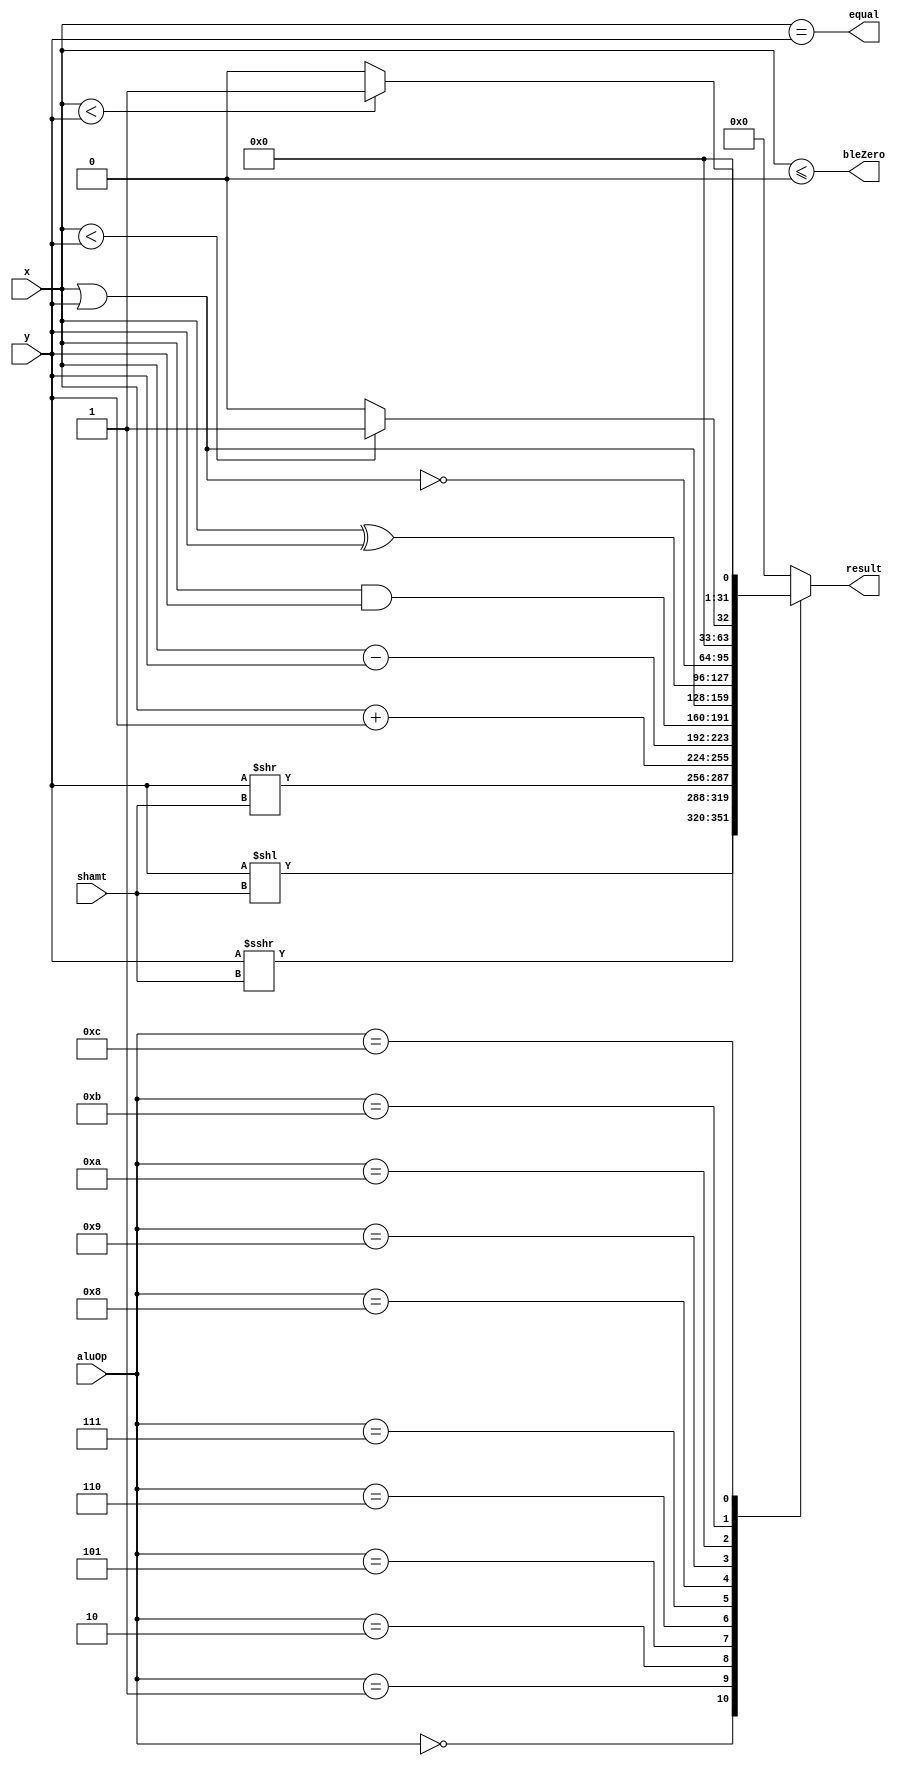
module alu(
    input [31:0] x,
    input [31:0] y,
    input [3:0] aluOp,
	input [4:0] shamt,
    output reg [31:0] result,
    output equal,
	output bleZero
    );
	always @(x or y or aluOp or shamt) begin
		case (aluOp)
			4'b0000:
				result <= y << shamt;
			4'b0001:
				// result = ( { {31{y[31]}}, 1'b0 } << (~shamt) ) | ( y >> shamt );
				result <= $signed(y) >>> shamt;
			4'b0010:
				result <= y >> shamt;
			4'b0101:
				result <= x + y;
			4'b0110:
				result <= x - y;
			4'b0111:
				result <= x & y;
			4'b1000:
				result <= x | y;
			4'b1001:
				result <= x ^ y;
			4'b1010:
				result <= ~(x | y);
			4'b1011: begin
//				if (x[31] == 1 && y[31] == 0)
//					result = 32'b1;
//				else if (x[31] == 1 && y[31] == 1)
//					result = (x > y) ? 32'b1 : 32'b0;
//				else if (x[31] == 0 && y[31] == 1)
//					result = 32'b0;
//				else
//					result = (x < y) ? 32'b1 : 32'b0;
                result <= $signed(x) < $signed(y) ? 32'b1 : 32'b0;
			end
			4'b1100: 
				result <= (x < y) ? 32'b1 : 32'b0;
			default:
				result <= 0;
		endcase
	end
	assign equal = (x == y);
	assign bleZero = $signed(x) <= 0;
endmodule